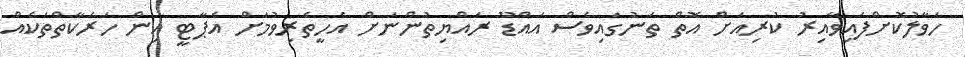
ހަވާލުކޮށްފައިވާއިރު ކުރިއަށް އޮތް ތަނުގައިވެސް އައްޑޫ ރައްޔިތުންނަށް އެހީތެރިވުމަށް އެޕާޓީ އިން ހަރަކާތްތަކެއް